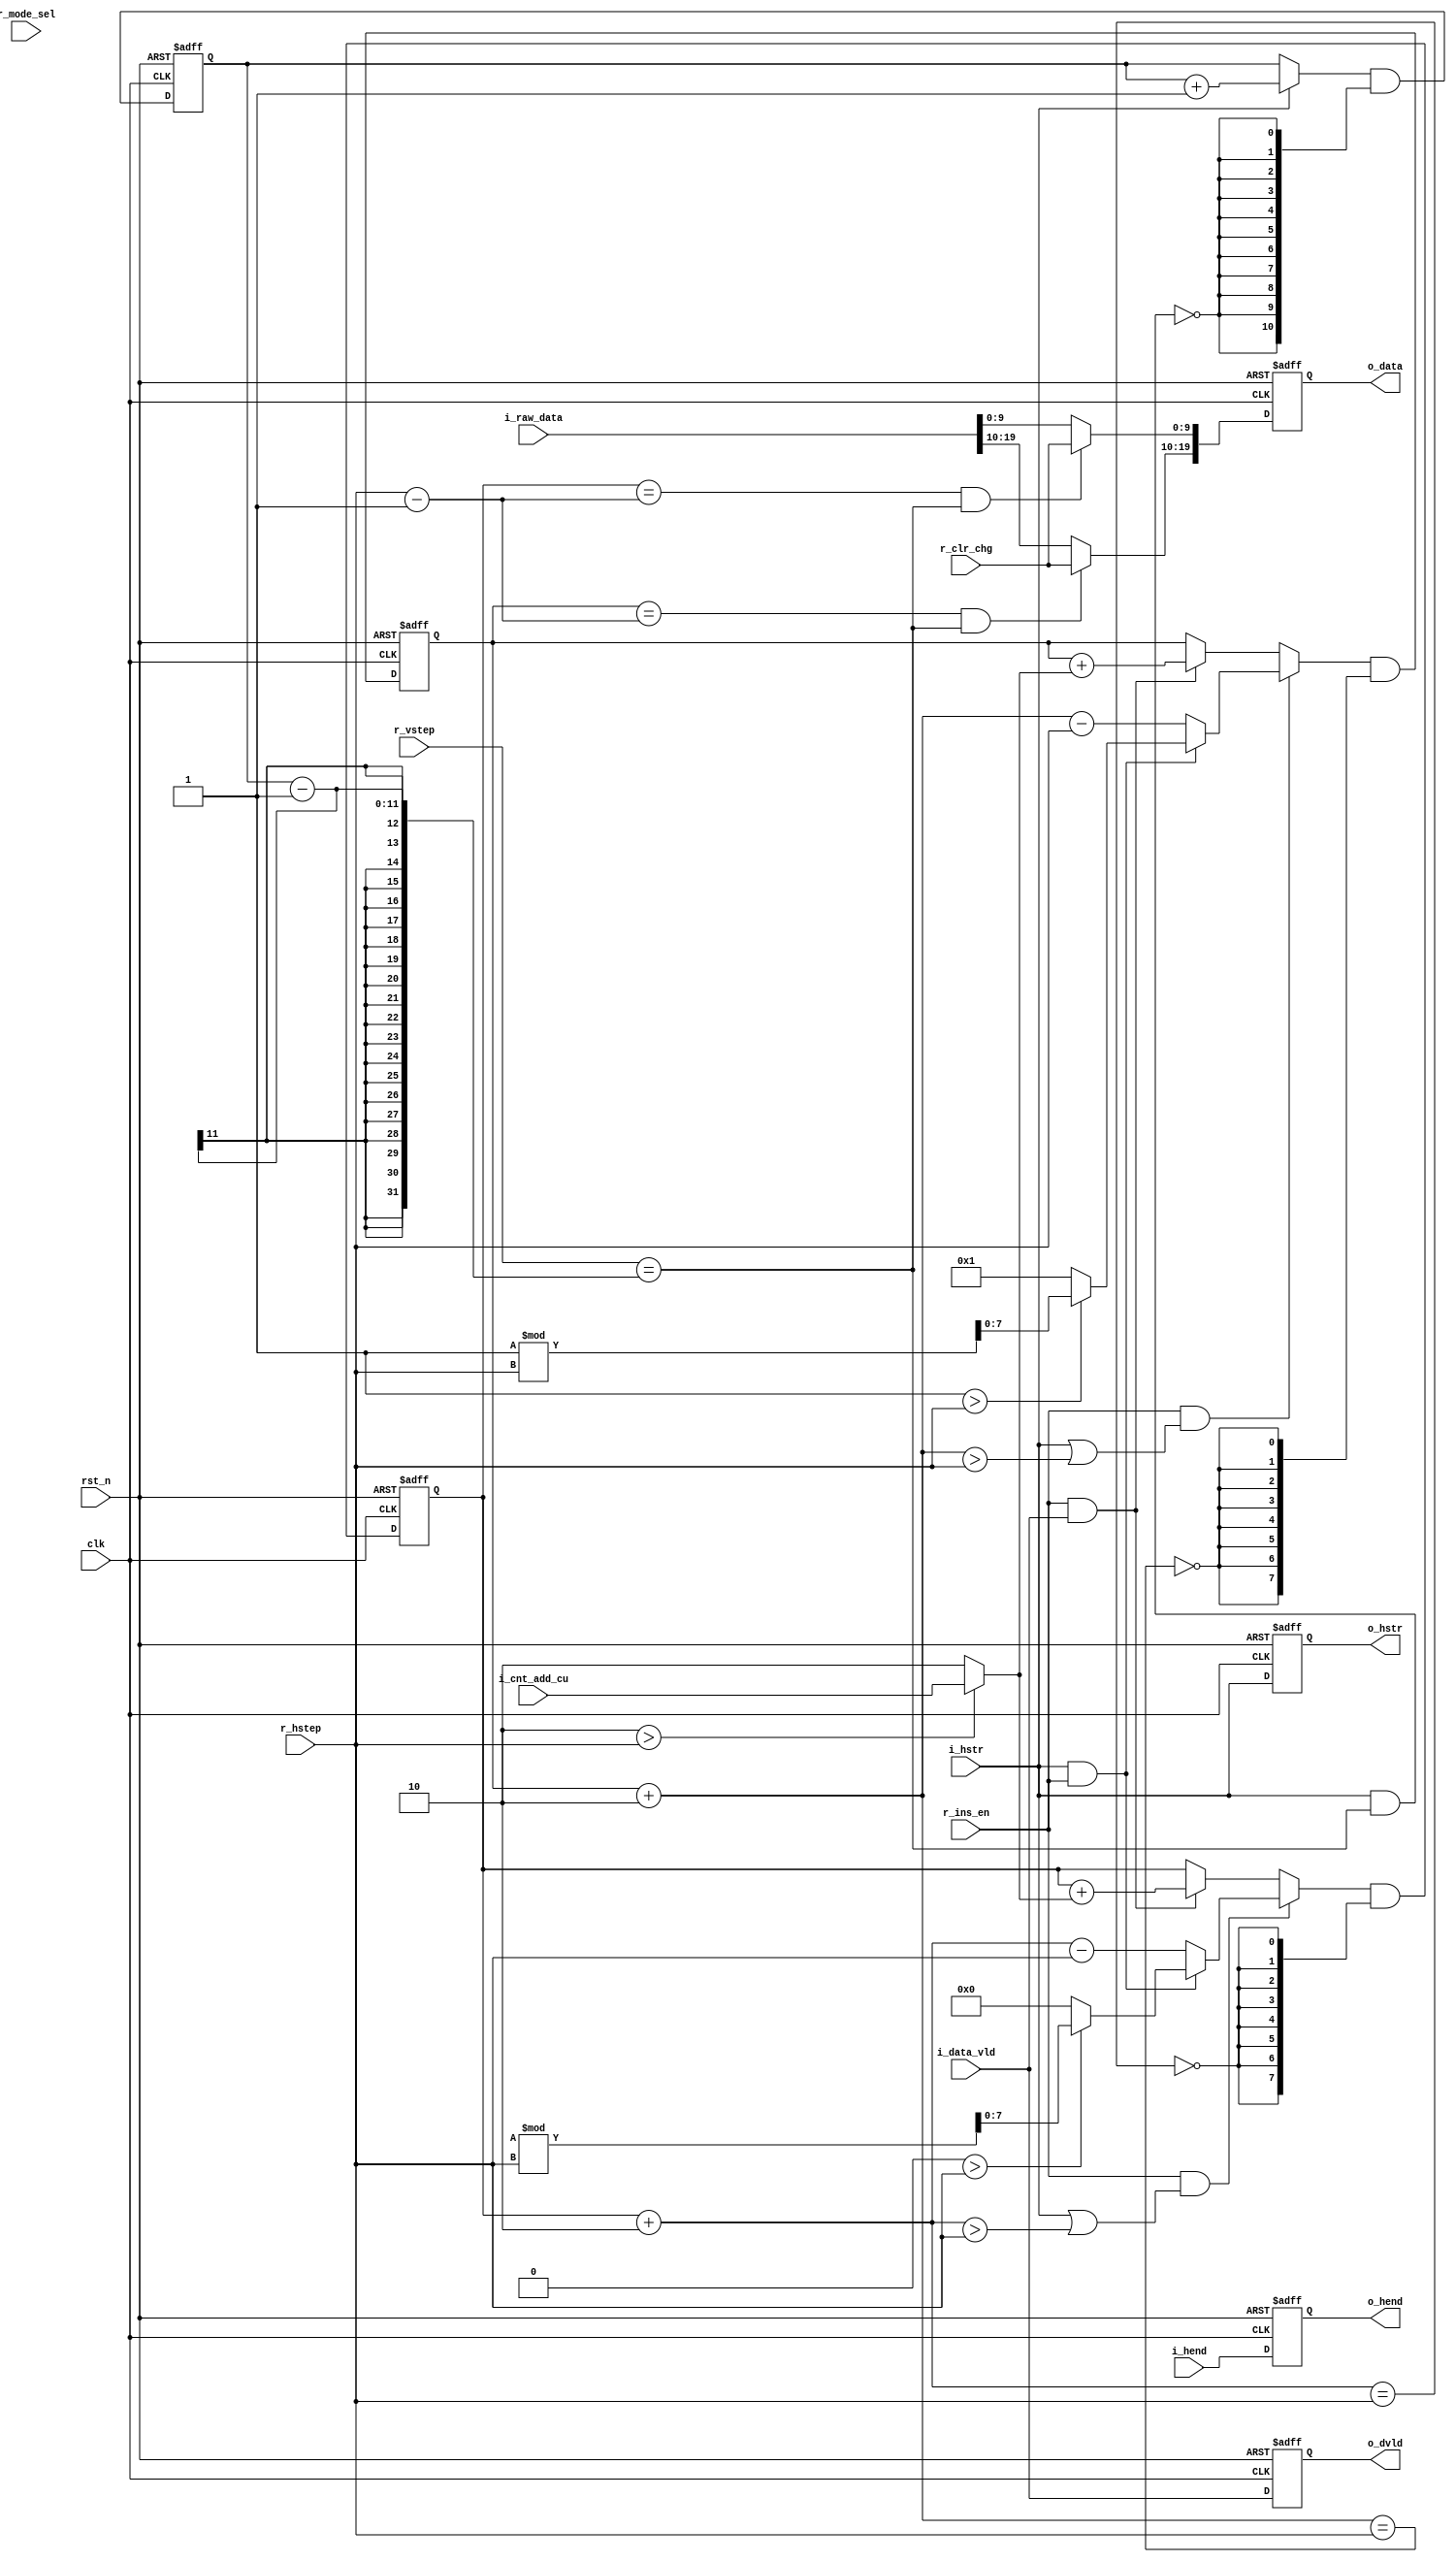
 // +FHDR -----------------------------------------------------------------------
// Copyright (c) Silicon Optronics. Inc. 2023
//
// File Name:           dpc_insert
// Version:             1.0
// Last Modified On:    
// Last Modified By:    
// limitation :

// File Description:    
//                      
// -FHDR -----------------------------------------------------------------------
module dpc_insert 

  #(
//---------------------------------------------raw data precision 
      parameter  RAW_CIIW           = 10,
      parameter  PX_RATE            = 2,
      
      parameter  IMG_VSZ_WTH        = 11,
      
      //localparam 
      parameter  PX_WD              = RAW_CIIW * PX_RATE,
      parameter  PX_RATE_WTH        = $clog2(PX_RATE+1),
      parameter  STEP_WTH           = 8,
      parameter  MAX_STEP           = 2**STEP_WTH
  )
(
//----------------------------------------------//
// Output declaration                           //
//----------------------------------------------//
output reg [PX_WD-1:0]       o_data,
output reg                   o_dvld,
output reg                   o_hstr,
output reg                   o_hend,

//----------------------------------------------//
// Input declaration                            //
//----------------------------------------------//
input      [PX_WD-1:0]       i_raw_data,
input                        i_data_vld,
input                        i_hstr,
input                        i_hend,
input      [PX_RATE_WTH-1:0] i_cnt_add_cu,

input                        r_mode_sel, //0 : pixel mode 1: dead column mode 
input      [RAW_CIIW-1:0]    r_clr_chg,
input      [STEP_WTH-1:0]    r_hstep,
input      [STEP_WTH-1:0]    r_vstep,
input                        r_ins_en,

input                        clk,
input                        rst_n
);

//----------------------------------------------//
// Register & Wire declaration                  //
//----------------------------------------------//
//-----------------------------------------------------------------------------------------------------------hor 
wire       [PX_RATE_WTH-1:0] cnt_add_cu;
wire       [PX_RATE_WTH-1:0] cnt_add_num;
wire       [8-1:0]           hor_cnt_num     [0:PX_RATE-1];
wire                         hor_cnt_eq      [0:PX_RATE-1];
reg        [8-1:0]           hor_cnt         [0:PX_RATE-1];
wire       [8-1:0]           hor_cnt_nxt     [0:PX_RATE-1];
wire                         hor_cnt_inc     [0:PX_RATE-1];
wire                         hor_cnt_clr     [0:PX_RATE-1];
wire                         hor_cnt_set     [0:PX_RATE-1];
wire       [8-1:0]           hor_cnt_set_val [0:PX_RATE-1];
//-----------------------------------------------------------------------------------------------------------ver 
wire                         ver_cnt_eq;
reg        [IMG_VSZ_WTH-1:0] ver_cnt;
wire       [IMG_VSZ_WTH-1:0] ver_cnt_nxt;
wire                         ver_cnt_inc;
wire                         ver_cnt_clr;

//-----------------------------------------------------------------------------------------------------------replace 
wire       [PX_WD-1:0]       repl_px;

//-----------------------------------------------------------------------------------------------------------output  
wire       [PX_WD-1:0]       o_data_nxt;
wire                         o_dvld_nxt;
wire                         o_hstr_nxt;
wire                         o_hend_nxt;

//-----------------------------------------------------------------------------------------------------------general 
genvar                       index;
integer                      int_index;

//----------------------------------------------//
// Code Descriptions                            //
//----------------------------------------------//
//-----------------------------------------------------------------------------------------------------------hor 
assign cnt_add_cu                 = i_cnt_add_cu; //PX_RATE - r_hstep;
assign cnt_add_num                = (PX_RATE > r_hstep) ? cnt_add_cu : PX_RATE;

generate 
  for (index=0;index<PX_RATE;index=index+1) begin : hor_cnt_gen
assign hor_cnt_num[index]         = hor_cnt[index]+PX_RATE;

assign hor_cnt_nxt[index]         = (hor_cnt_set[index] ? hor_cnt_set_val[index] : hor_cnt_inc[index] ? hor_cnt[index] + cnt_add_num : hor_cnt[index]) & 
                                                                                                                                           {IMG_VSZ_WTH{!hor_cnt_clr[index]}};
assign hor_cnt_inc[index]         = r_ins_en & i_data_vld;
assign hor_cnt_clr[index]         = (hor_cnt_num[index] == r_hstep);
assign hor_cnt_set[index]         = r_ins_en & (i_hstr | (hor_cnt_num[index] > r_hstep));
assign hor_cnt_set_val[index]     = (i_hstr & r_ins_en) ? (index > r_hstep) ? (index%r_hstep) : index : (hor_cnt_num[index] - r_hstep);

assign hor_cnt_eq[index]          = hor_cnt[index] == r_hstep - 1'b1;
  end 
endgenerate 


//-----------------------------------------------------------------------------------------------------------ver 
assign ver_cnt_eq                 = r_vstep == ver_cnt-1;

assign ver_cnt_nxt                = (ver_cnt_inc ? ver_cnt + 1'b1 : ver_cnt) & {IMG_VSZ_WTH{!ver_cnt_clr}};
assign ver_cnt_inc                = i_hstr;
assign ver_cnt_clr                = i_hstr & ver_cnt_eq;

//-----------------------------------------------------------------------------------------------------------replace   
generate 
  for (index=0;index<PX_RATE;index=index+1) begin : insert_sft_en_gen
    assign repl_px[index*RAW_CIIW+:RAW_CIIW] = (hor_cnt_eq[index] & ver_cnt_eq) ? r_clr_chg : i_raw_data[RAW_CIIW*index+:RAW_CIIW];
  end 
endgenerate 

//-----------------------------------------------------------------------------------------------------------output  
assign o_data_nxt                 = repl_px;
assign o_hstr_nxt                 = i_hstr;
assign o_dvld_nxt                 = i_data_vld;
assign o_hend_nxt                 = i_hend;

//----------------------------------------------//
// sequencial logic                             //
//----------------------------------------------//
always@(posedge clk or negedge rst_n) begin 
  if(!rst_n) begin 
//---------------------------------------------------------------------------------ver
    ver_cnt        <= 0;
    
//---------------------------------------------------------------------------------output  
    o_data         <= 0;
    o_hstr         <= 0;
    o_dvld         <= 0;
    o_hend         <= 0;
    
  end 
  else begin  
//---------------------------------------------------------------------------------ver 
    ver_cnt        <= ver_cnt_nxt;
    
//---------------------------------------------------------------------------------output  
    o_data         <= o_data_nxt;
    o_hstr         <= o_hstr_nxt;
    o_dvld         <= o_dvld_nxt;
    o_hend         <= o_hend_nxt;
    
  end 
end 

always@(posedge clk or negedge rst_n) begin 
if(!rst_n) begin 
for(int_index=0;int_index<PX_RATE;int_index=int_index+1) begin : rst_0_gen
  hor_cnt[int_index] <= 0;
end
end
else begin 
  for(int_index=0;int_index<PX_RATE;int_index=int_index+1) begin : rst_1_gen
 hor_cnt[int_index] <= hor_cnt_nxt[int_index];
  end 
end 
end 


endmodule